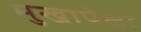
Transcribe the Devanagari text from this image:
मुखापेक्षा